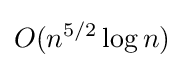
O(n^{5/2}\log n)